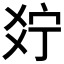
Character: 𤕞